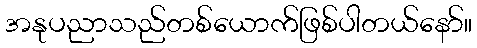
အနုပညာသည်တစ်ယောက်ဖြစ်ပါတယ်နော်။